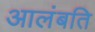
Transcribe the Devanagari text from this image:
आलंबति